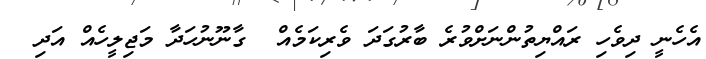
އެހެނީ ދިވެހި ރައްޔިތުންނަށްވުރެ ބާރުގަދަ ވެރިކަމެއް  ގާނޫނުހަދާ މަޖިލީހެއް އަދި